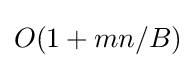
O(1+mn/B)